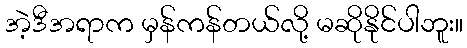
အဲ့ဒီအရာက မှန်ကန်တယ်လို့ မဆိုနိုင်ပါဘူး။